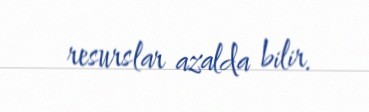
resurslar azalda bilir.